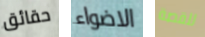
حقائق الاضواء للقصة